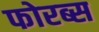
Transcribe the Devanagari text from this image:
फोरब्स